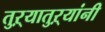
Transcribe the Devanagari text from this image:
तुऱ्यातुऱ्यांनी